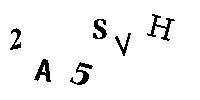
2A5SVH